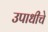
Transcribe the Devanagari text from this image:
उपाधीचे